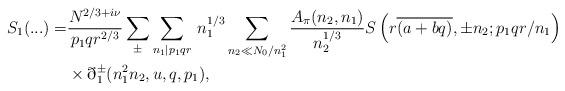
LaTeX: \begin{align*}S_1(...) = &\frac{N^{2/3+i\nu}}{p_1qr^{2/3}} \sum_{\pm} \sum_{n_{1}|p_1qr}\,n^{1/3}_1 \sum_{n_{2}\ll N_0/n^2_1} \frac{A_{\pi}(n_{2},n_{1})}{ n^{1/3}_{2}} S\left( r\overline{(a+bq)}, \pm n_{2}; p_1qr/n_{1}\right)\\& \times \eth_1^{\pm}(n^2_1n_2,u,q,p_1),\end{align*}